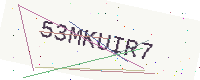
Text: 53MKUIR7